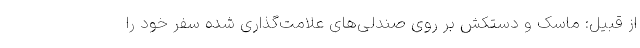
از قبیل: ماسک و دستکش بر روی صندلی‌های علامت‌گذاری شده سفر خود را